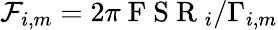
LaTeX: \mathcal{F}_{i,m}=2\pi\mathrm{~F~S~R~}_{i}/\Gamma_{i,m}